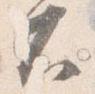
不